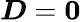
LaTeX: \boldsymbol D=\mathbf 0